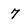
Character: 7